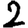
Digit: 2